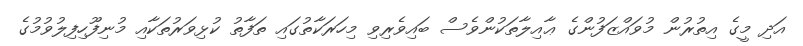
އަދި މީގެ އިތުރުން މުވައްޒަފުންގެ ޢާއިލާތަކުންވެސް ބައިވެރިވި މިހަރަކާތުގައި ތަފާތު ކުޅިވަރުތަކާއި މުނިފޫހިފިލުވުމުގެ